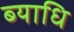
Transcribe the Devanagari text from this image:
ब्‍याधि